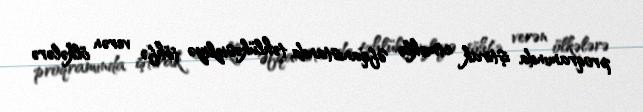
proqramında iştirak etməklə Əfqanıstanda təhlükəsizliyə töhfə verən ölkələrə